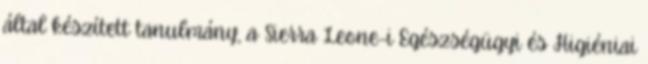
által készített tanulmány, a Sierra Leone-i Egészségügyi és Higiéniai